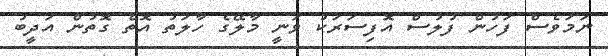
ނަމަވެސް ފަހުން ފުލުސް އޮފިސަރަކު ވަނީ މާލޭގެ ހާލަތު އޮތް ގޮތުން އަދީބު